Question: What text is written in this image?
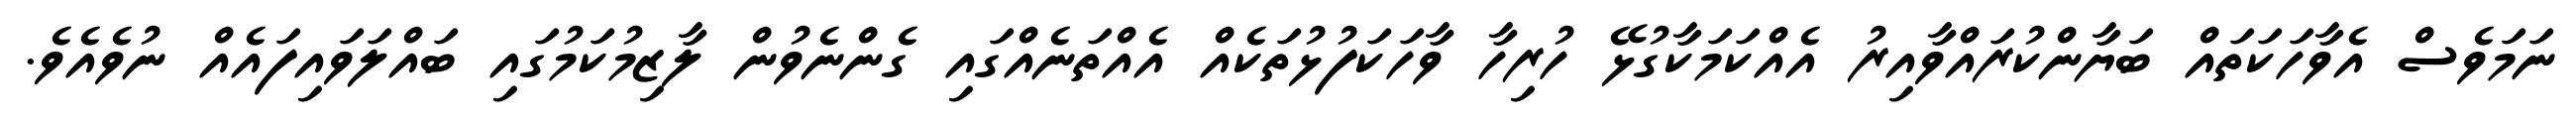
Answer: ނަމަވެސް އެވާހަކަތައް ބަޔާންކުރައްވާއިރު އެއްކަމަކާގުޅޭ ހުރިހާ ވާހަކަފުޅުތަކެއް އެއްތަނެއްގައި ގެންނެވުން ލާޒިމުކަމުގައި ބައްލަވައިފައެއް ނުވެއެވެ.